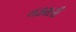
તકરારી